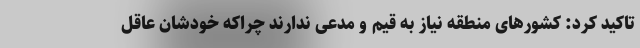
تاکید کرد: کشورهای منطقه نیاز به قیم و مدعی ندارند چراکه خودشان عاقل